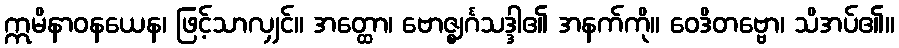
ဣမိနာဝနယေန၊ ဖြင့်သာလျှင်။ အတ္ထော၊ ဗောဇ္ဈင်္ဂသဒ္ဒါ၏ အနက်ကို။ ဝေဒိတဗ္ဗော၊ သိအပ်၏။